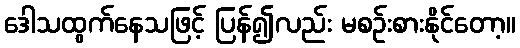
ဒေါသထွက်နေသဖြင့် ပြန်၍လည်း မစဉ်းစားနိုင်တော့။